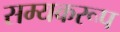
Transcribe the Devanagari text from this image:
सम्यकरूप